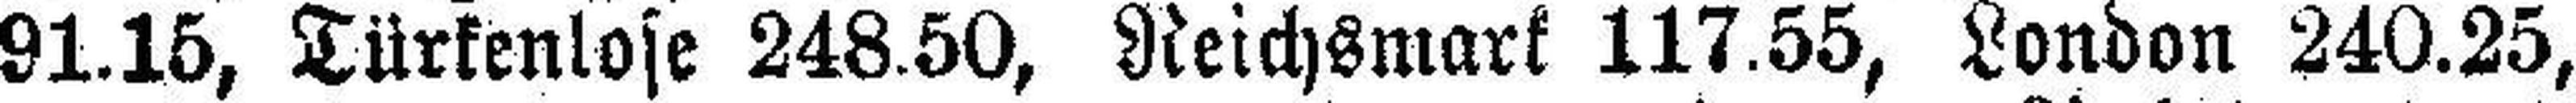
91.15, Türkenlose 248.50, Reichsmark 117.55, London 240.25,